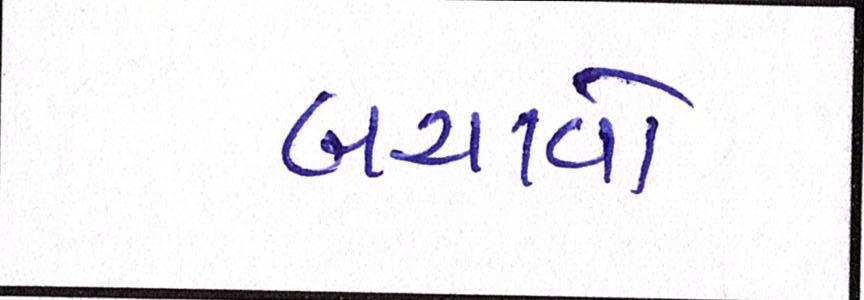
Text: બચાવો